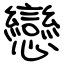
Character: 戀